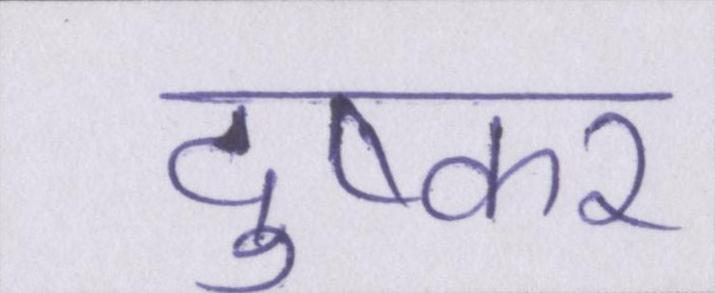
दुष्कर